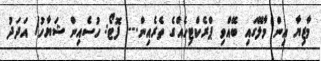
މާޒިޔާ އިން މާލޭގައި ބޭއްވި ޕްރެކްޓިހެއްގެ ތެރެއިން.-- ފޮޓޯ: ހުސެއިން ޝަޔާހު/ އަދަދު